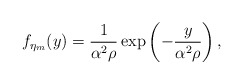
\begin{align*}f_{\eta_m}(y)=\frac{1}{\alpha^2\rho}\exp\left(-\frac{y}{\alpha^2\rho}\right),\end{align*}